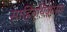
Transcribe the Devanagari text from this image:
साहित्यिकांसह